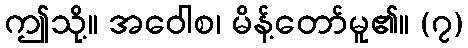
ဤသို့။ အဝေါစ၊ မိန့်တော်မူ၏။ (၇)